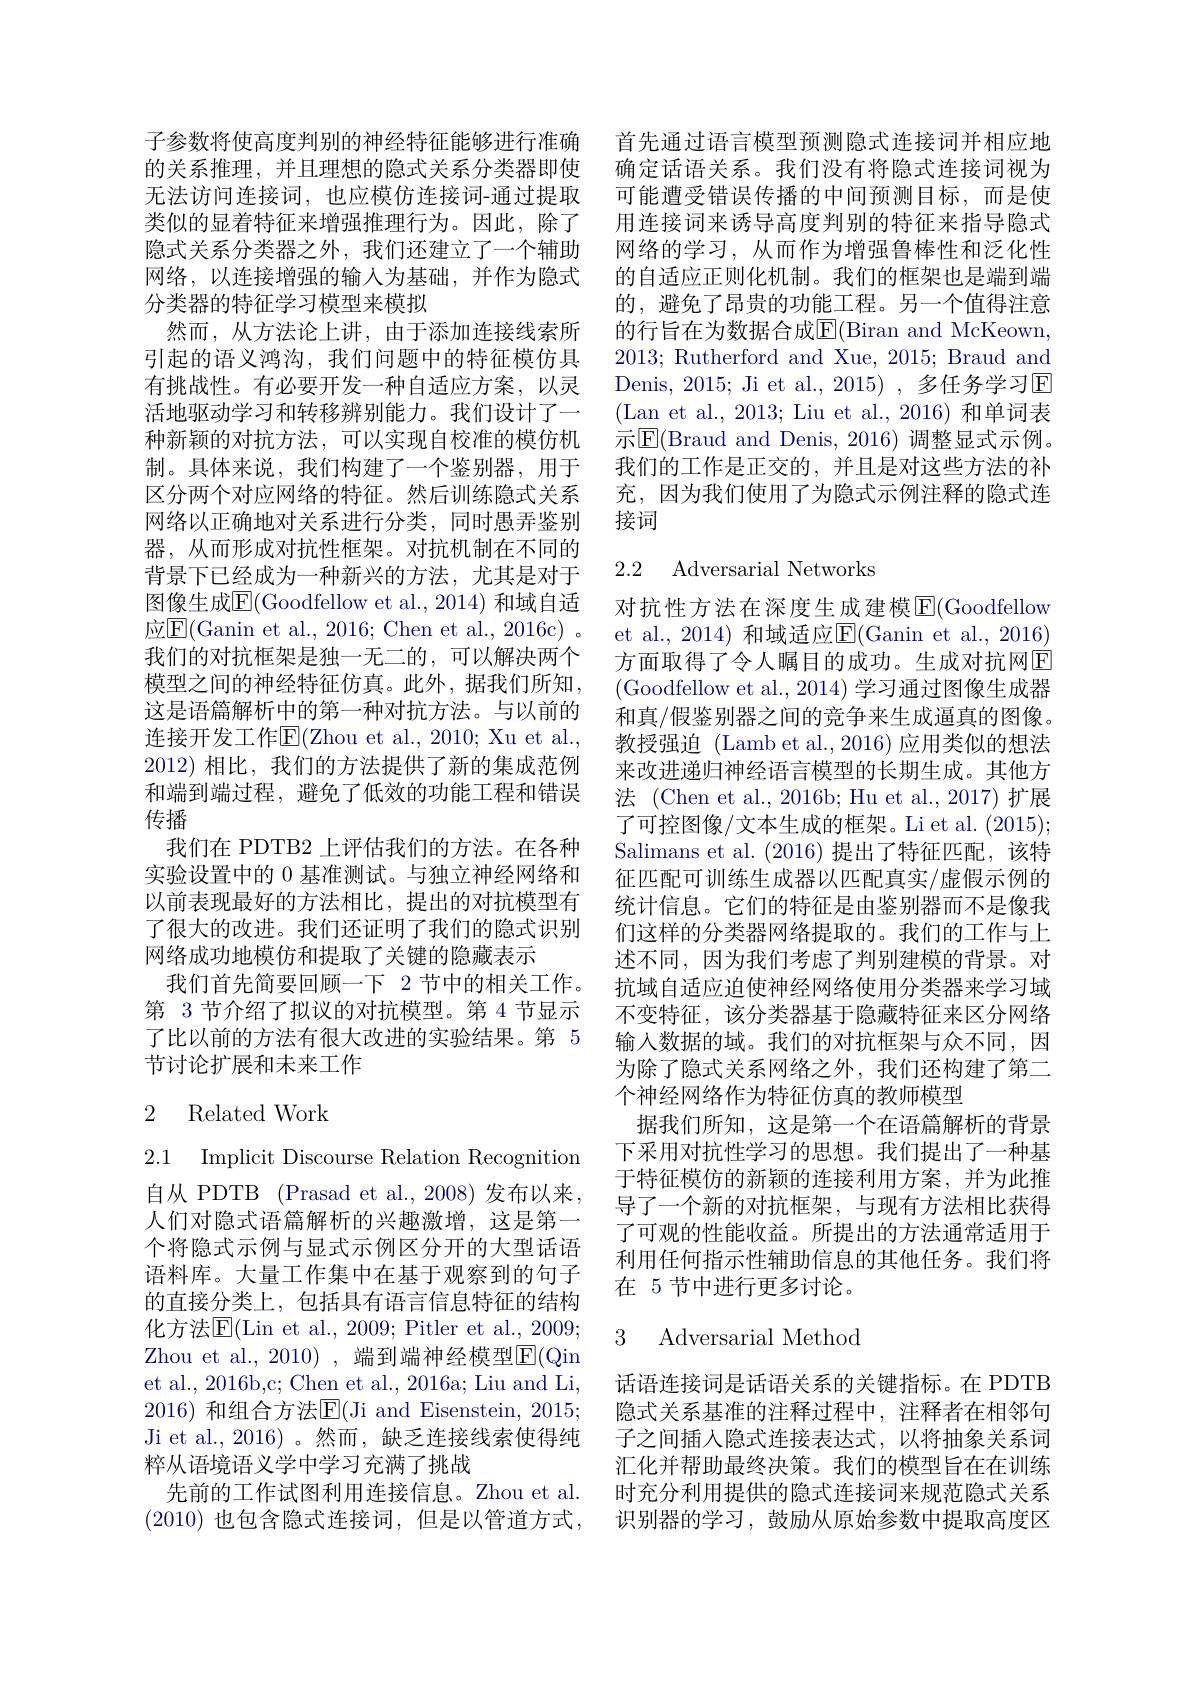
子参数将使高度判别的神经特征能够进行准确的关系推理，并且理想的隐式关系分类器即使无法访问连接词，也应模仿连接词-通过提取类似的显着特征来增强推理行为。因此，除了隐式关系分类器之外，我们还建立了一个辅助网络，以连接增强的输入为基础，并作为隐式分类器的特征学习模型来模拟
然而，从方法论上讲，由于添加连接线索所引起的语义鸿沟，我们问题中的特征模仿具有挑战性。有必要开发一种自适应方案，以灵活地驱动学习和转移辨别能力。我们设计了一种新颖的对抗方法，可以实现自校准的模仿机制。具体来说，我们构建了一个鉴别器，用于区分两个对应网络的特征。然后训练隐式关系网络以正确地对关系进行分类，同时愚弄鉴别器，从而形成对抗性框架。对抗机制在不同的背景下已经成为一种新兴的方法，尤其是对于图像生成$\overline{\mathrm{E}}($Goodfellow et al., 2014) 和域自适应$\underline{\mathrm{E}}($Ganin et al., 2016; Chen et al., 2016c) 。我们的对抗框架是独一无二的，可以解决两个模型之间的神经特征仿真。此外，据我们所知， 这是语篇解析中的第一种对抗方法。与以前的连接开发工作$\overline{\mathrm{E}}($Zhou et al., 2010; Xu et al., 2012)相比，我们的方法提供了新的集成范例和端到端过程，避免了低效的功能工程和错误传播
我们在 PDTB2 上评估我们的方法。在各种实验设置中的 0 基准测试。与独立神经网络和以前表现最好的方法相比，提出的对抗模型有了很大的改进。我们还证明了我们的隐式识别网络成功地模仿和提取了关键的隐藏表示
我们首先简要回顾一下 2 节中的相关工作。第 3 节介绍了拟议的对抗模型。第 4 节显示了比以前的方法有很大改进的实验结果。第 5节讨论扩展和未来工作

# 2 Related Work

2.1 Implicit Discourse Relation Recognition 自从 PDTB (Prasad et al.,2008)发布以来， 人们对隐式语篇解析的兴趣激增，这是第一个将隐式示例与显式示例区分开的大型话语语料库。大量工作集中在基于观察到的句子的直接分类上，包括具有语言信息特征的结构化方法$\overline{\mathrm{E}}($Lin et al., 2009; Pitler et al., 2009; Zhou et al., 2010) , 端到端神经模型$\overline{\mathrm{E}}($Qin et al., 2016b,c; Chen et al., 2016a; Liu and Li, 2016) 和组合方法$\operatorname{E}($Ji and Eisenstein, 2015; Ji et al., 2016)。然而，缺乏连接线索使得纯粹从语境语义学中学习充满了挑战
先前的工作试图利用连接信息。Zhou et al. (2010) 也包含隐式连接词，但是以管道方式，

首先通过语言模型预测隐式连接词并相应地确定话语关系。我们没有将隐式连接词视为可能遭受错误传播的中间预测目标，而是使用连接词来诱导高度判别的特征来指导隐式网络的学习，从而作为增强鲁棒性和泛化性的自适应正则化机制。我们的框架也是端到端的，避免了昂贵的功能工程。另一个值得注意的行旨在为数据合成$\overline{\mathbb{E}}($Biran and McKeown, 2013; Rutherford and Xue, 2015; Braud and Denis, 2015; Ji et al., 2015) , 多任务学习$\overline{\mathrm{E}}$ (Lan et al., 2013; Liu et al., 2016) 和单词表示$\overline{\mathrm{E}}($Braud and Denis, 2016) 调整显式示例。我们的工作是正交的，并且是对这些方法的补充，因为我们使用了为隐式示例注释的隐式连接词

## 2.2 Adversarial Networks

对抗性方法在深度生成建模$\overline{\mathbb{E}}($Goodfellow et al., 2014) 和域适应E(Ganin et al., 2016) 方面取得了令人瞩目的成功。生成对抗网E (Goodfellow et al., 2014) 学习通过图像生成器和真/假鉴别器之间的竞争来生成逼真的图像。教授强迫 (Lamb et al., 2016) 应用类似的想法来改进递归神经语言模型的长期生成。其他方法 (Chen et al.,2016b; Hu et al.,2017)扩展了可控图像/文本生成的框架。Li et al. (2015); Salimans et al. (2016) 提出了特征匹配，该特征匹配可训练生成器以匹配真实/虚假示例的统计信息。它们的特征是由鉴别器而不是像我们这样的分类器网络提取的。我们的工作与上述不同，因为我们考虑了判别建模的背景。对抗域自适应迫使神经网络使用分类器来学习域不变特征，该分类器基于隐藏特征来区分网络输入数据的域。我们的对抗框架与众不同，因为除了隐式关系网络之外，我们还构建了第二个神经网络作为特征仿真的教师模型
据我们所知，这是第一个在语篇解析的背景下采用对抗性学习的思想。我们提出了一种基于特征模仿的新颖的连接利用方案，并为此推导了一个新的对抗框架，与现有方法相比获得了可观的性能收益。所提出的方法通常适用于利用任何指示性辅助信息的其他任务。我们将在 5 节中进行更多讨论。

## 3 Adversarial Method

话语连接词是话语关系的关键指标。在 PDTB 隐式关系基准的注释过程中，注释者在相邻句子之间插入隐式连接表达式，以将抽象关系词汇化并帮助最终决策。我们的模型旨在在训练时充分利用提供的隐式连接词来规范隐式关系识别器的学习，鼓励从原始参数中提取高度区